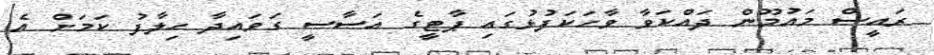
ރައީސް މައުމޫން ދައްކަވާ ވާހަކަފުޅުގައި ޕާޓީގެ އަސާސީ ގަވައިދާ ހިލާފު ކަމަށް އެ